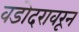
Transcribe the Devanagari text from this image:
वडोदरावरून